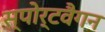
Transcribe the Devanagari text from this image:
स्पोर्टवैगन